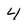
Character: 4